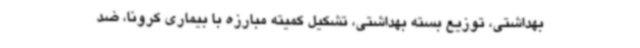
بهداشتی، توزیع بسته بهداشتی، تشکیل کمیته مبارزه با بیماری کرونا، ضد